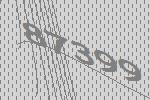
87399